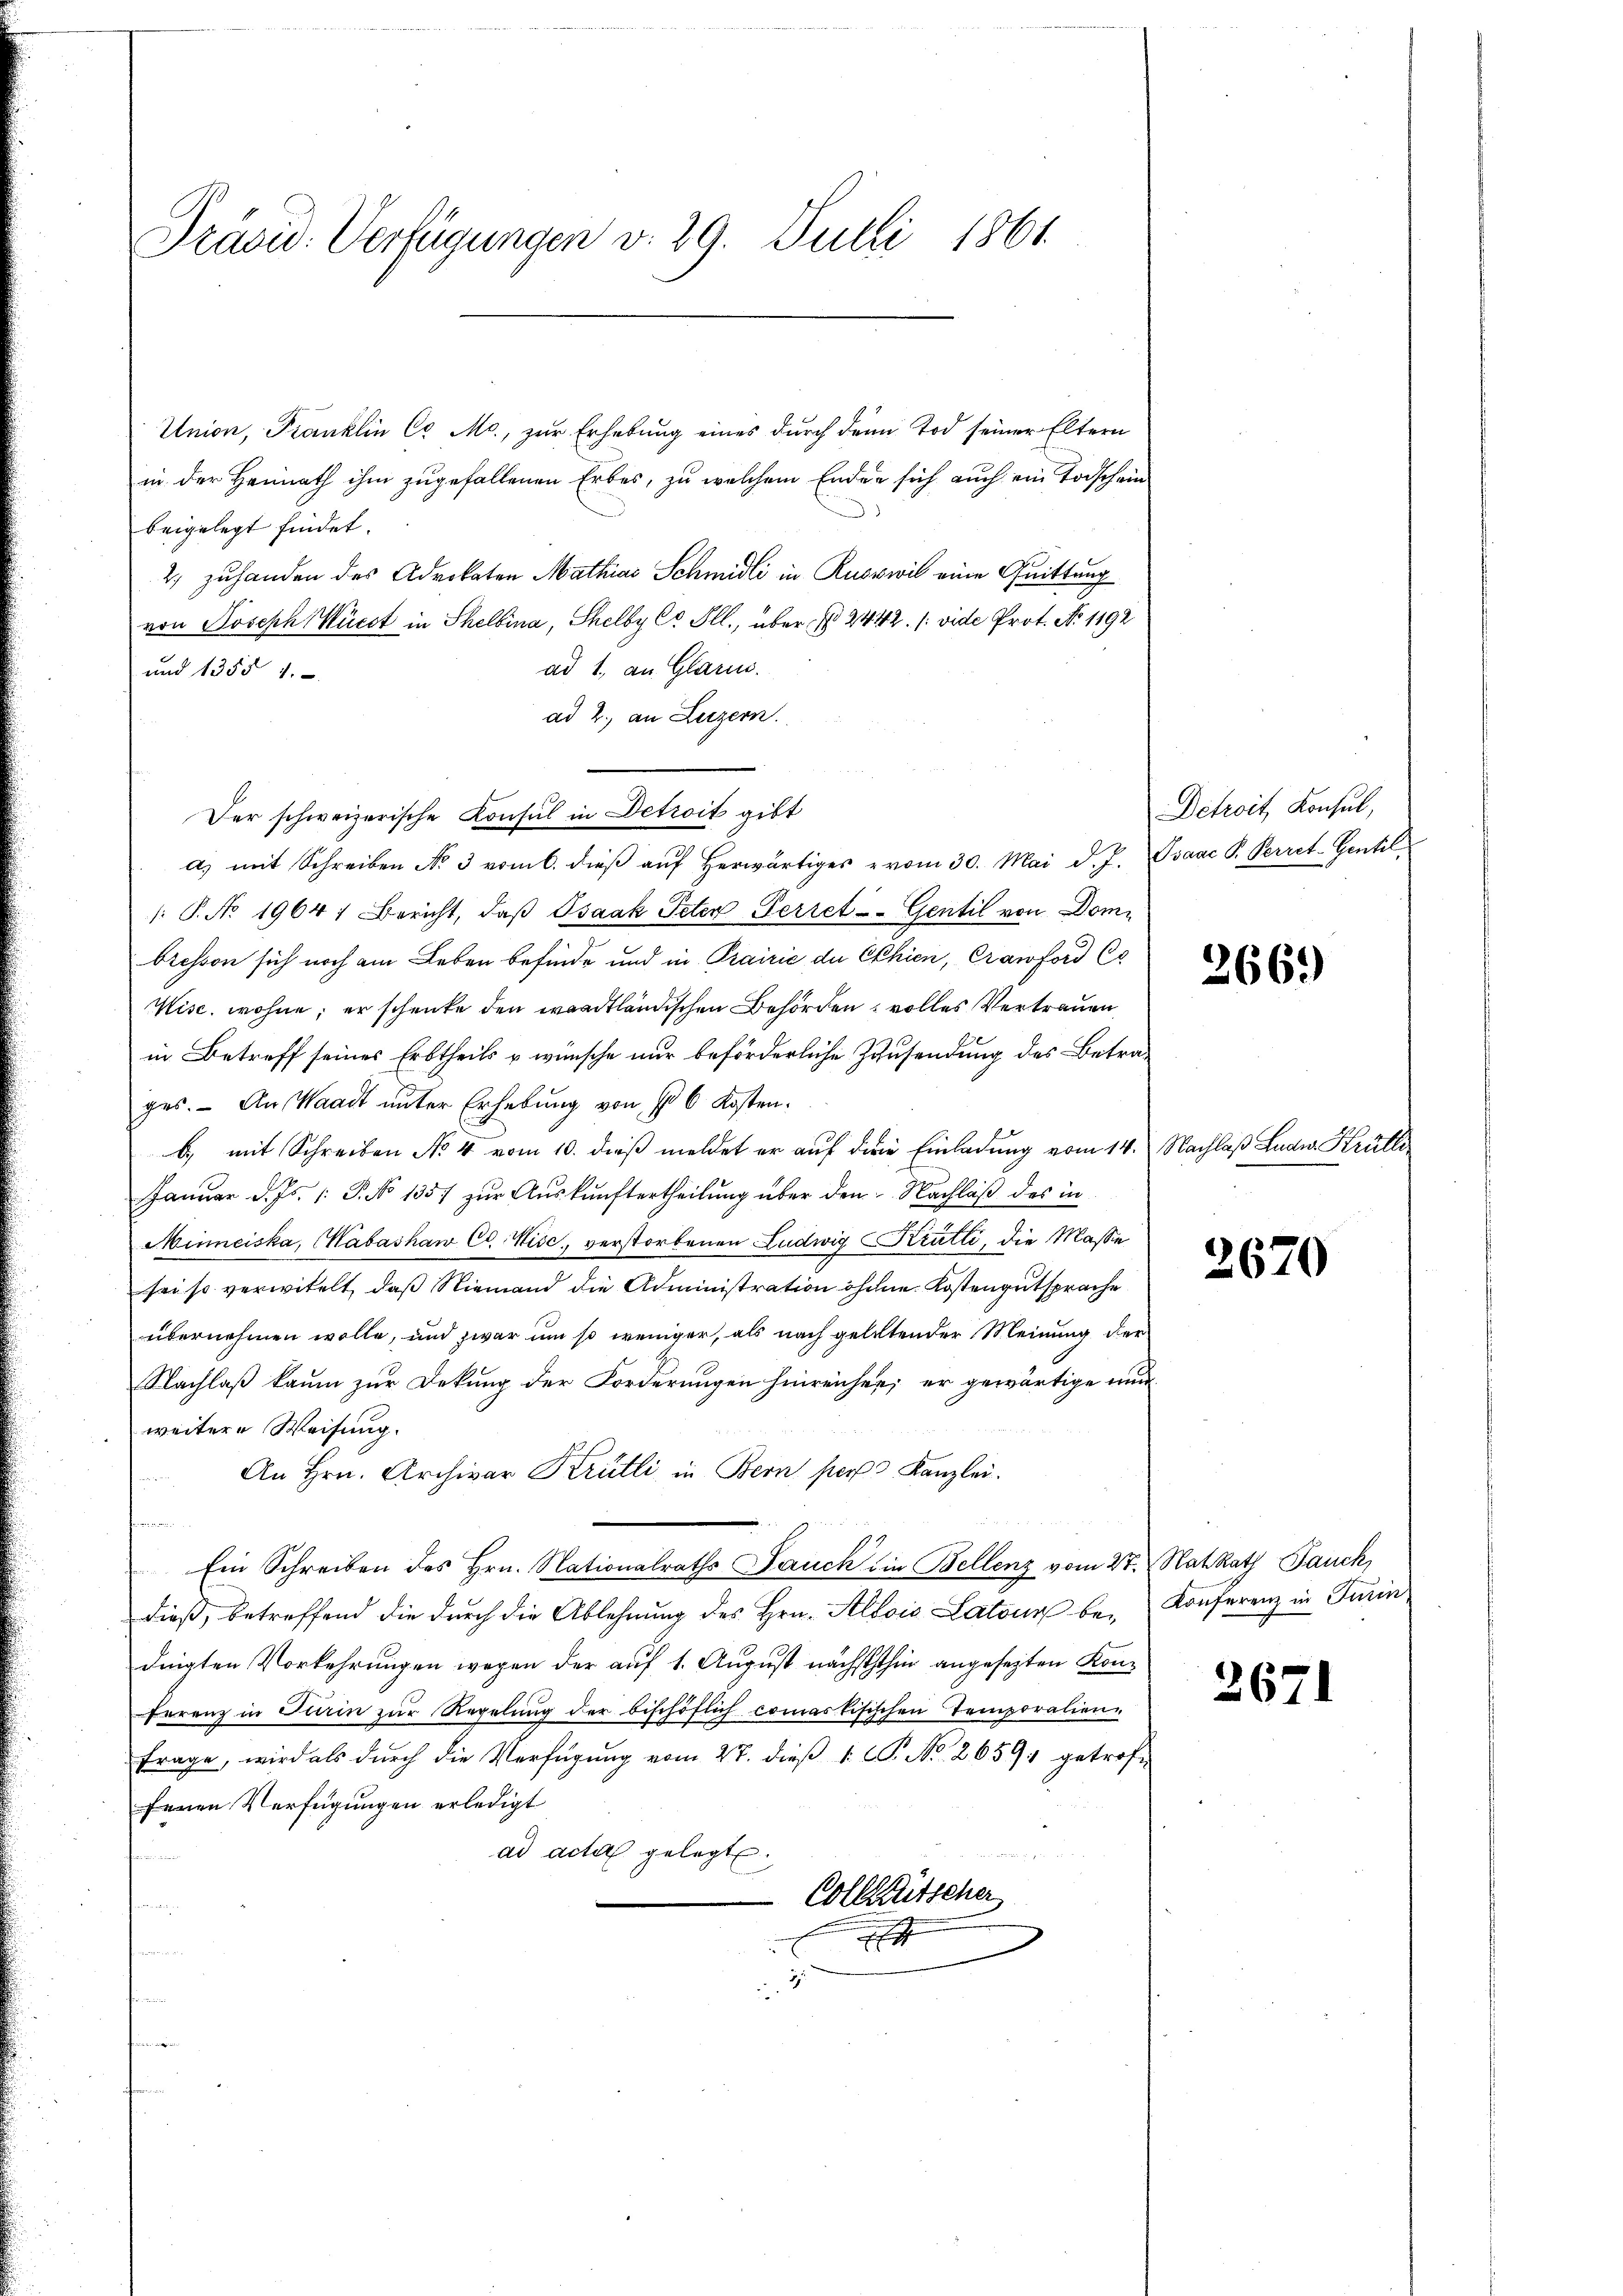
Präsid. Verfügungen v. 29. Juli 1861

Union, Franklin CG Mc., zur Erhebung eines durch den Tod seiner Eltern
in der Heimath ihm zugefallenen Erbes, zu welchem Enden sich auch ein Todschein
beigelegt findet.
2) zuhanden des Advokaten Mathias Schmidli in Ruswil eine Quittung
von Joseph Wücet in Schelbina, Shelby Co Pll., aber d. 2442. /: vide Prot. No. 1192
ad 1, an Glarus.
und 13554.
ad 2., an Luzern.
Der schweizerische Konsul in Detroit gibt
d) mit Schreiben No 3 vom 6. dieβ aŭf herwärtiges vom 30. Mai d. J. Isaac P. Perret-Gentil
1: P. No 1964; Bericht, daβ Isaak Peter Perret-Gentil von Domi
biessen sich noch am Leben befinde und in Prairie de Chien, Cranford C
Wise, wohne, er schenke den wardtländischen Behörden, volles Vertrauen
in Betreff seines Erbtheils u wünsche nur beförderliche Zinsendung des Betrages. - An Waadt unter Erhebung von § 6 Kosten.
b) mit Schreiben No 4 vom 10. dieß meldet er auf die Einladung vom 14. Nachlaß Luder Krülle
Januar d. Js. /: P. No 135) zŭr Aŭskŭnftertheilung über den Nachlaß des in
Minneiska, Mabashaw Ct. Wise, verstorbenen Ludwig Krütli, die Masse
sei so verwitelt, daß Niemand die Administration ohne Kostengutsprache
übernehmen wolle, und zwar um so weniger, als nach gelitender Meinung der
Nachlaß kaum zur Dekung der Forderungen hinreichen; er gewärtige nun
weitere Weisung.
An Hrn. Archivar Krütli in Bern per Kanzlei.
e
t
Ein Schreiben des Hrn. Nationalraths Jauch in Bellenz vom 2t. Rat Rath Pauck,
dieβ, betreffend die dŭrch die Ablehnŭng des Hrn. Alois Latone be- Konferenz in Turin
dingten Vorkehrungen wegen der auf 1. August nächsththin angesezten Kon¬
Frrenz in Turin zur Regelung der bischöflich commaskisischen Temporalien-
frage, wird als dŭrch die Verfügŭng vom 27. dieβ v. C. No. 26591 getroffenen Verfügungen erledigt
ad acta gelegt
i
Colleütscher

t
d For
2

Detroit, Konsul,

266.

2670

2671